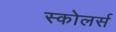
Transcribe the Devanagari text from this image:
स्कोलर्स